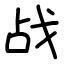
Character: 战